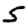
Digit: 5